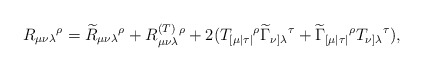
\begin{align*}R_{\mu \nu \lambda }{}^{\rho }=\widetilde{R}_{\mu \nu \lambda }{}^{\rho}+R_{\mu \nu \lambda }^{{\footnotesize (T)}}{}^{\rho }+2(T_{[\mu \mid \tau\mid }{}^{\rho }\widetilde{\Gamma }_{\nu ]\lambda }{}^{\tau }+\widetilde{\Gamma }_{[\mu \mid \tau \mid }{}^{\rho }T_{\nu ]\lambda }{}^{\tau }),\end{align*}